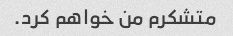
متشکرم من خواهم کرد.